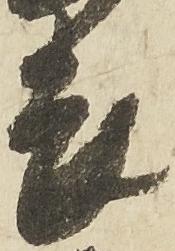
畏